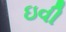
ઇવી